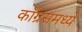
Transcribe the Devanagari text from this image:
काँग्रसमध्ये